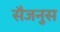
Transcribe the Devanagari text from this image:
सैजनुस